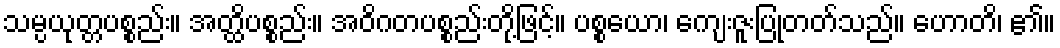
သမ္ပယုတ္တပစ္စည်း။ အတ္ထိပစ္စည်း။ အဝိဂတပစ္စည်းတို့ဖြင့်။ ပစ္စယော၊ ကျေးဇူးပြုတတ်သည်။ ဟောတိ၊ ၏။